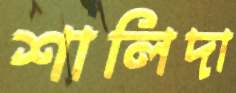
শালিদা